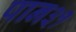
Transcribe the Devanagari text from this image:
पान३१